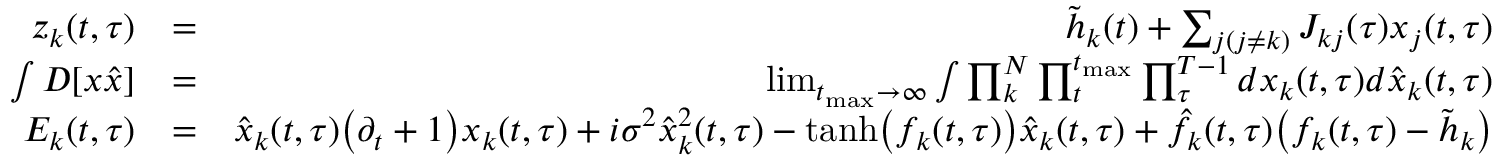
\begin{array} { r l r } { z _ { k } ( t , \tau ) } & { = } & { \tilde { h } _ { k } ( t ) + \sum _ { j ( j \neq k ) } J _ { k j } ( \tau ) x _ { j } ( t , \tau ) } \\ { \int D [ x \hat { x } ] } & { = } & { \operatorname* { l i m } _ { t _ { \mathrm { m a x } } \rightarrow \infty } \int \prod _ { k } ^ { N } \prod _ { t } ^ { t _ { \mathrm { m a x } } } \prod _ { \tau } ^ { T - 1 } d x _ { k } ( t , \tau ) d \hat { x } _ { k } ( t , \tau ) } \\ { E _ { k } ( t , \tau ) } & { = } & { \hat { x } _ { k } ( t , \tau ) \big ( \partial _ { t } + 1 \big ) x _ { k } ( t , \tau ) + i \sigma ^ { 2 } \hat { x } _ { k } ^ { 2 } ( t , \tau ) - \mathrm { t a n h } \big ( f _ { k } ( t , \tau ) \big ) \hat { x } _ { k } ( t , \tau ) + \hat { f } _ { k } ( t , \tau ) \big ( f _ { k } ( t , \tau ) - \tilde { h } _ { k } \big ) } \end{array}